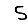
Digit: 5